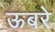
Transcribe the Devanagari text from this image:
ऊबरे